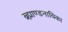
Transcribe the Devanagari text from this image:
ब्र्ह्माण्डनायिका